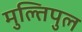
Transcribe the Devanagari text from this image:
मुल्तिपुल